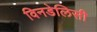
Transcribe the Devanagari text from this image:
विनडेलिसी